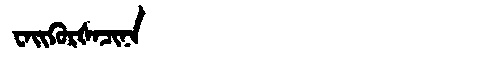
Manchu: ᠸᠠᡳᡴᡠᡵᡧᠠᠴᡳᠨᠠ
Romanization: WAIKURŠACINA